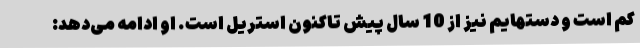
کم است و دستهایم نیز از 10 سال پیش تاکنون استریل است. او ادامه می‌دهد: